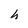
Character: h